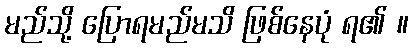
မည်သို့ ပြောရမည်မသိ ဖြစ်နေပုံ ရ၏ ။